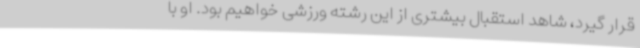
قرار گیرد، شاهد استقبال بیشتری از این رشته ورزشی خواهیم بود. او با